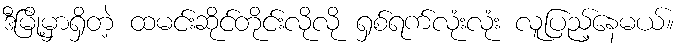
ဒီမြို့မှာရှိတဲ့ ထမင်းဆိုင်တိုင်းလိုလို ရှစ်ရက်လုံးလုံး လူပြည့်နေမယ်။